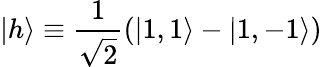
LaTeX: |h\rangle\equiv\frac{1}{\sqrt{2}}(|1,1\rangle-|1,-1\rangle)